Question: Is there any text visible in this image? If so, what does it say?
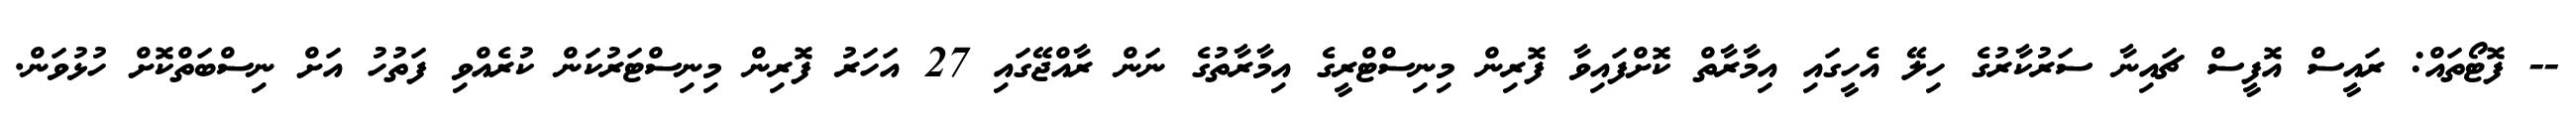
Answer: -- ފޮޓޯތައް: ރައީސް އޮފީސް ޗައިނާ ސަރުކާރުގެ ހިލޭ އެހީގައި އިމާރާތް ކޮށްފައިވާ ފޮރިން މިނިސްޓްރީގެ އިމާރާތުގެ ނަން ރާއްޖޭގައި 27 އަހަރު ފޮރިން މިނިސްޓަރުކަން ކުރެއްވި ފަތުހު އަށް ނިސްބަތްކޮށް ހުޅުވަން.